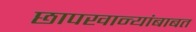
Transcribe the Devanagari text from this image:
छापखान्यांबाबत